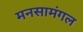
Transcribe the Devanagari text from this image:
मनसामंगल